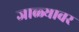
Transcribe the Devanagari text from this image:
जाळ्यावर